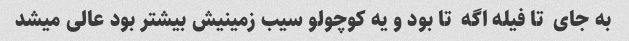
به جای  تا فیله اگه  تا بود و یه کوچولو سیب زمینیش بیشتر بود عالی میشد